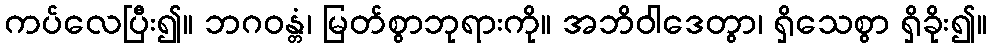
ကပ်လေပြီး၍။ ဘဂဝန္တံ၊ မြတ်စွာဘုရားကို။ အဘိဝါဒေတွာ၊ ရှိသေစွာ ရှိခိုး၍။